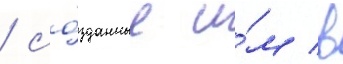
/ со́зданные и́м в